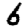
Digit: 6